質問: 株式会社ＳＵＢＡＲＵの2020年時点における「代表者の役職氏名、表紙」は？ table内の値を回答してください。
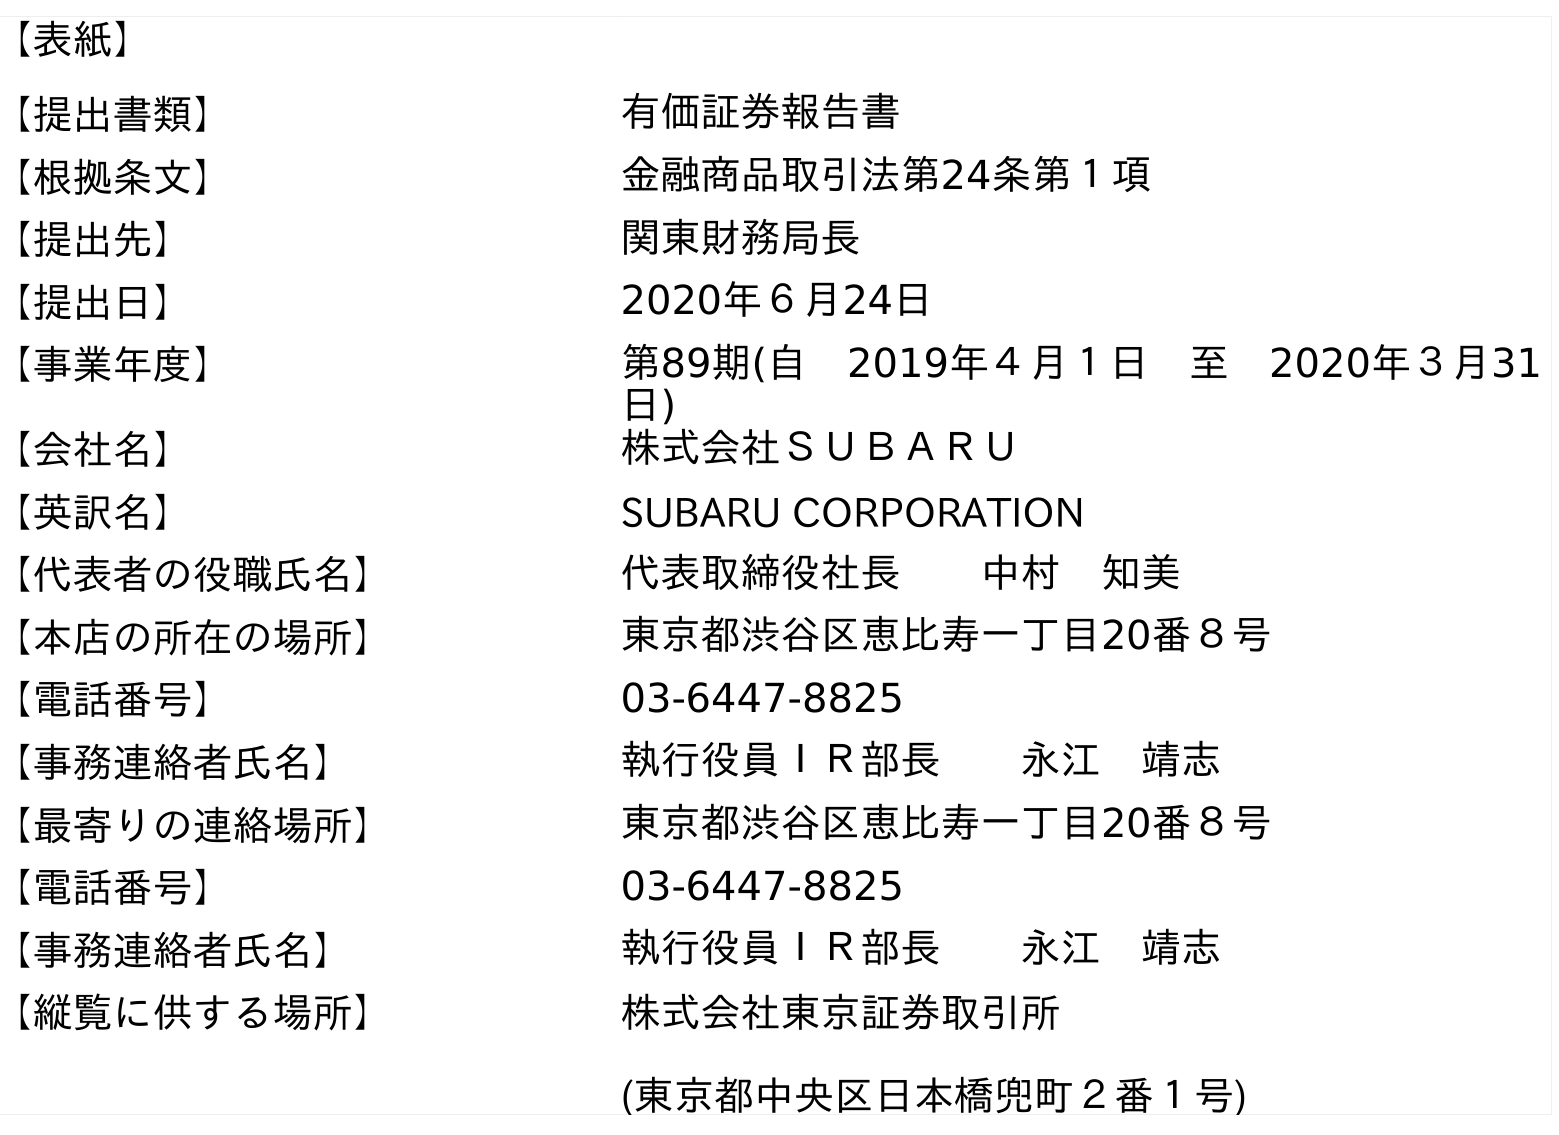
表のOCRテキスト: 【表紙】 【提出書類】 有価証券報告書 【根拠条文】 金融商品取引法第24条第１項 【提出先】 関東財務局長 【提出日】 2020年６月24日 【事業年度】 第89期(自 2019年４月１日 至 2020年３月31 日) 【会社名】 株式会社ＳＵＢＡＲＵ 【英訳名】 SUBARU CORPORATION 【代表者の役職氏名】 代表取締役社長  中村 知美 【本店の所在の場所】 東京都渋谷区恵比寿一丁目20番８号 【電話番号】 03-6447-8825 【事務連絡者氏名】 執行役員ＩＲ部長  永江 靖志 【最寄りの連絡場所】 東京都渋谷区恵比寿一丁目20番８号 【電話番号】 03-6447-8825 【事務連絡者氏名】 執行役員ＩＲ部長  永江 靖志 【縦覧に供する場所】 株式会社東京証券取引所 (東京都中央区日本橋兜町２番１号)
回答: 代表取締役社長中村　知美